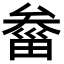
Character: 𤲙